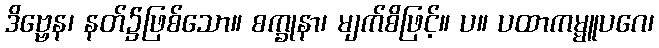
ဒိဗ္ဗေန၊ နတ်၌ဖြစ်သော။ စက္ခုနာ၊ မျက်စိဖြင့်။ ပ။ ပထာကမ္မူပဂေ၊